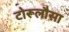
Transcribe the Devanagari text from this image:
टोरूलौसा